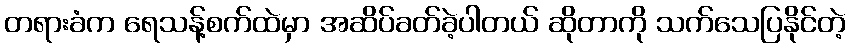
တရားခံက ရေသန့်စက်ထဲမှာ အဆိပ်ခတ်ခဲ့ပါတယ် ဆိုတာကို သက်သေပြနိုင်တဲ့